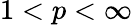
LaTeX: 1<p<\infty